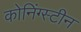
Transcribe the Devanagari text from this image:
कोनिंग्स्टीन